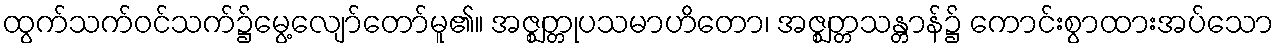
ထွက်သက်ဝင်သက်၌မွေ့လျော်တော်မူ၏။ အဇ္ဈတ္တုပသမာဟိတော၊ အဇ္ဈတ္တသန္တာန်၌ ကောင်းစွာထားအပ်သော